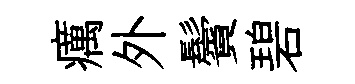
癘外鬢碧